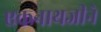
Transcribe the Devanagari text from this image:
एकनाथजीने